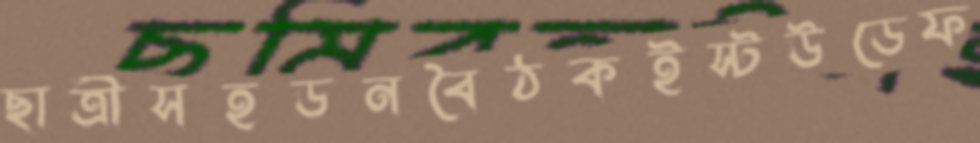
ছাত্রীসহডনবৈঠকইস্টউডেফ